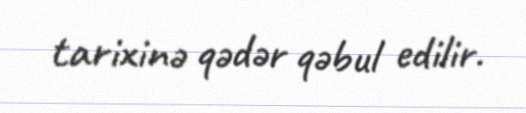
tarixinə qədər qəbul edilir.